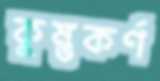
কুম্ভকর্ণ